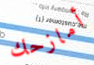
أمازحك